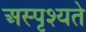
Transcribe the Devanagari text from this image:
अस्पृश्यते